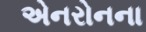
એનરોનના